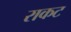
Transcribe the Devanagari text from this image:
राकट